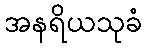
အနရိယသုခံ